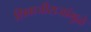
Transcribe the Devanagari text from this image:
शिवाजीराजांमुळे